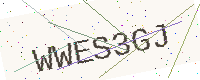
Text: WWES3GJ